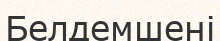
Белдемшені